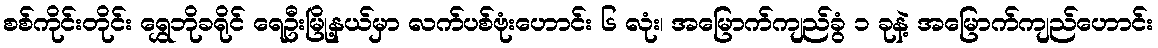
စစ်ကိုင်းတိုင်း ရွှေဘိုခရိုင် ရေဦးမြို့နယ်မှာ လက်ပစ်ဗုံးဟောင်း ၆ လုံး၊ အမြောက်ကျည်ခွံ ၁ ခုနဲ့ အမြောက်ကျည်ဟောင်း